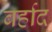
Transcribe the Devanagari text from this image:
बर्हाद